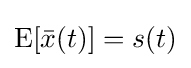
\operatorname {E} [{\bar {x}}(t)]=s(t)